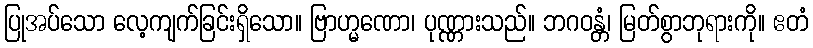
ပြုအပ်သော လေ့ကျက်ခြင်းရှိသော။ ဗြာဟ္မဏော၊ ပုဏ္ဏားသည်။ ဘဂဝန္တံ၊ မြတ်စွာဘုရားကို။ ဧတံ